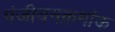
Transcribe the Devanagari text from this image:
पंजीयनक्रमांक